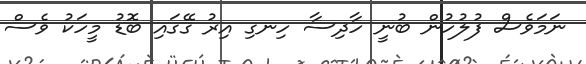
ނަމަވެސް ފުލުހުން ބުނީ ހާދިސާ ހިނގި އިރު ގޭގައި ބޮޑު މީހަކު ވެސް